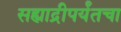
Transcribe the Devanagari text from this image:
सह्याद्रीपर्यंतचा